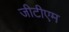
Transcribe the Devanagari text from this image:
जीटीएम